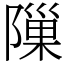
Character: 隟